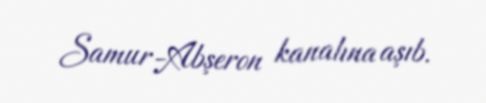
Samur-Abşeron kanalına aşıb.